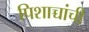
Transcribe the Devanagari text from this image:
पिशाच्चांची